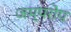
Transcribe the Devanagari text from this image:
जम्परोप